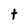
Character: t